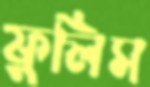
ফুলিস